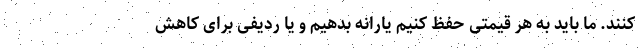
کنند. ما باید به هر قیمتی حفظ کنیم یارانه بدهیم و یا ردیفی برای کاهش